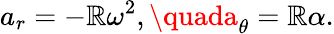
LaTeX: a_{r}=-\mathbb{R}\omega^{2},\quada_{\theta}=\mathbb{R}\alpha.